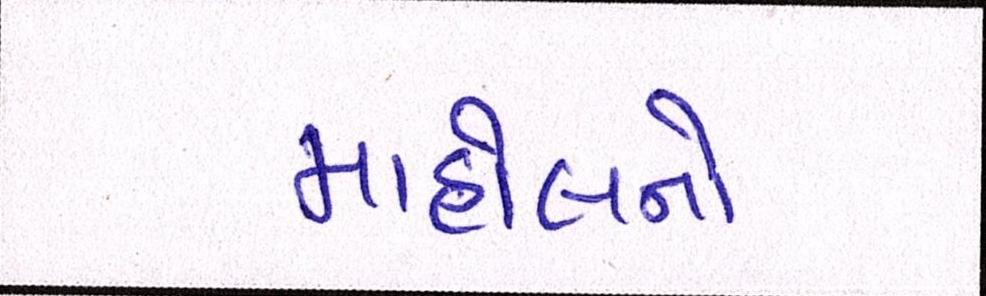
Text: માહોલનો